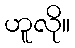
ဟူလို။